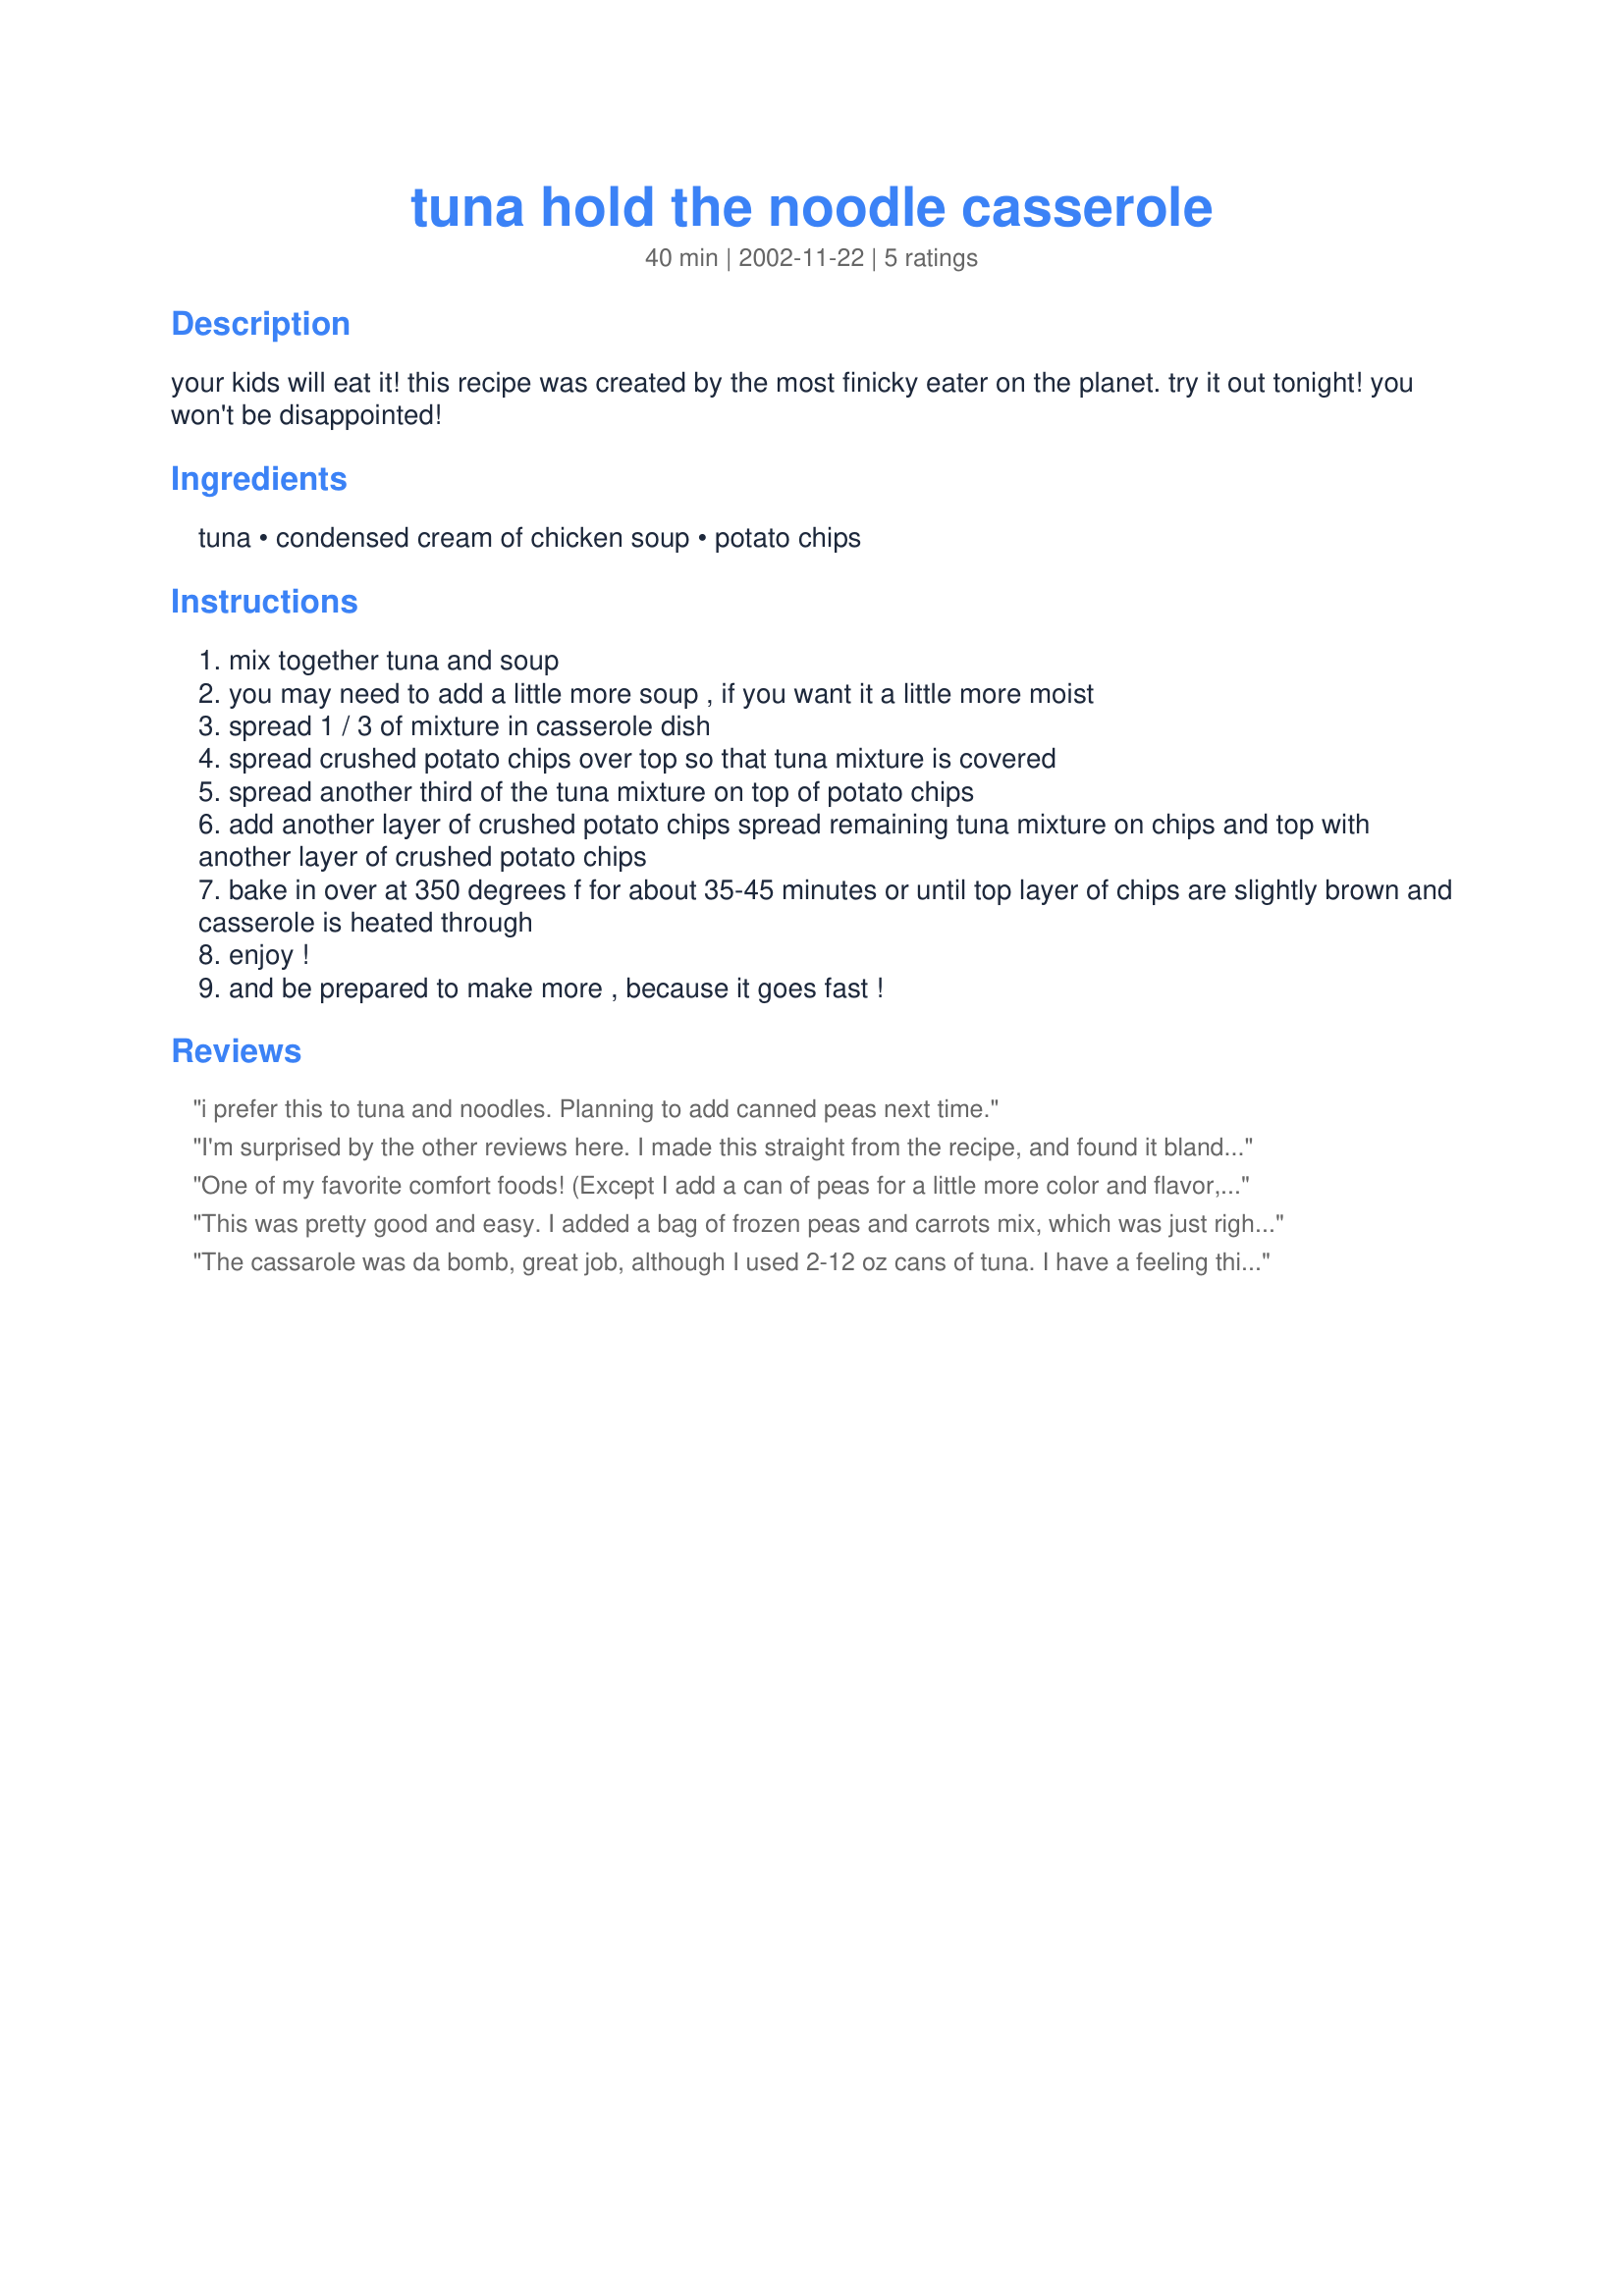
tuna hold the noodle casserole
Preparation time: 40 minutes

your kids will eat it! this recipe was created by the most finicky eater on the planet. try it out tonight! you won't be disappointed!

Ingredients:
tuna, condensed cream of chicken soup, potato chips

Steps:
mix together tuna and soup
you may need to add a little more soup , if you want it a little more moist
spread 1 / 3 of mixture in casserole dish
spread crushed potato chips over top so that tuna mixture is covered
spread another third of the tuna mixture on top of potato chips
add another layer of crushed potato chips spread remaining tuna mixture on chips and top with another layer of crushed potato chips
bake in over at 350 degrees f for about 35-45 minutes or until top layer of chips are slightly brown and casserole is heated through
enjoy !
and be prepared to make more , because it goes fast !

Reviews:
i prefer this to tuna and noodles. Planning to add canned peas next time.
I'm surprised by the other reviews here. I made this straight from the recipe, and found it bland and mushy. I'm sorry. I will not make this again.
One of my favorite comfort foods! (Except I add a can of peas for a little more color and flavor, and cream of mushroom soup instead of chicken.) My husband calls this \
This was pretty good and easy. I added a bag of frozen peas and carrots mix, which was just right. I doubled the tuna, and probably doubled the chips as well - should have doubled the soup too because it was way too dry. My bad. I will definitely make it again though, even my toddler ate it without blinking and that is monumental!
The cassarole was da bomb, great job, although I used 2-12 oz cans of tuna. I have a feeling this is a typo
